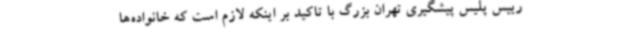
رییس پلیس پیشگیری تهران بزرگ با تاکید بر اینکه لازم است که خانواده‌ها